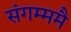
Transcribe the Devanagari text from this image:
संगम्ममै